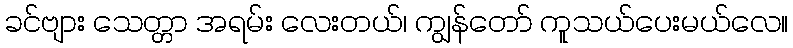
ခင်ဗျား သေတ္တာ အရမ်း လေးတယ်၊ ကျွန်တော် ကူသယ်ပေးမယ်လေ။